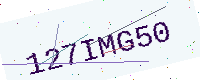
Text: 127IMG50